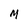
Character: M